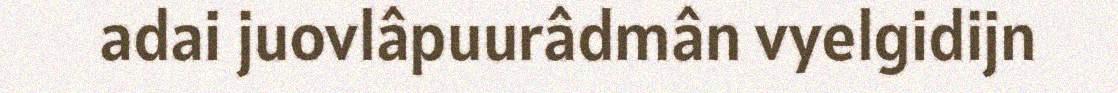
adai juovlâpuurâdmân vyelgidijn